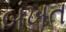
બખત